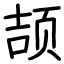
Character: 颉